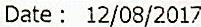
DATE: 12/08/2017